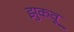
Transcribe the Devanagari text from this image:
झुकवू